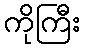
ကိုကြီး